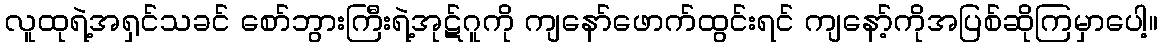
လူထုရဲ့အရှင်သခင် စော်ဘွားကြီးရဲ့အုဋ်ဂူကို ကျနော်ဖောက်ထွင်းရင် ကျနော့်ကိုအပြစ်ဆိုကြမှာပေါ့။